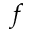
f